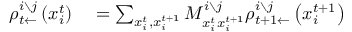
\begin{array} { r l } { \rho _ { t \leftarrow } ^ { i \setminus j } \left( x _ { i } ^ { t } \right) } & { { } = \sum _ { x _ { i } ^ { t } , x _ { i } ^ { t + 1 } } M _ { x _ { i } ^ { t } x _ { i } ^ { t + 1 } } ^ { i \setminus j } \rho _ { t + 1 \leftarrow } ^ { i \setminus j } \left( x _ { i } ^ { t + 1 } \right) } \end{array}